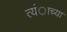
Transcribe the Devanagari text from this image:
त्यंाच्या